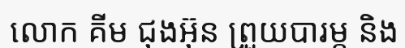
លោក គីម ជុងអ៊ុន ព្រួយបារម្ភ និង